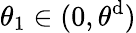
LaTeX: \theta_{1}\in(0,\theta^{\mathrm{d}})